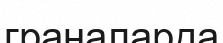
граналарда